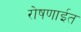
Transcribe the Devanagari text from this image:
रोषणाईत